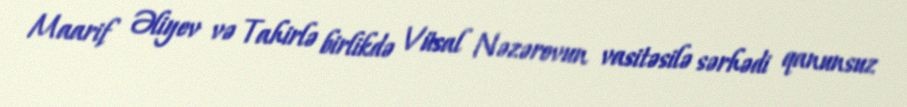
Maarif Əliyev və Tahirlə birlikdə Vüsal Nəzərovun vasitəsilə sərhədi qanunsuz